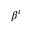
\beta ^ { i }